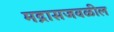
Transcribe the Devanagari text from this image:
मद्रासजवळील